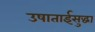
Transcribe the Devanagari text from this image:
उषाताईसुद्धा